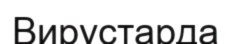
Вирустарда